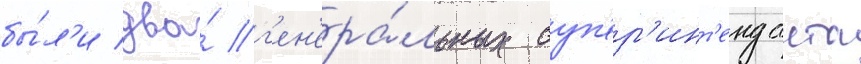
бы́л'и два́ г'ен'ера́льных суп'ер'инт'енданта